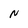
Character: N